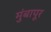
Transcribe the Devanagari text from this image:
मुंबापूर